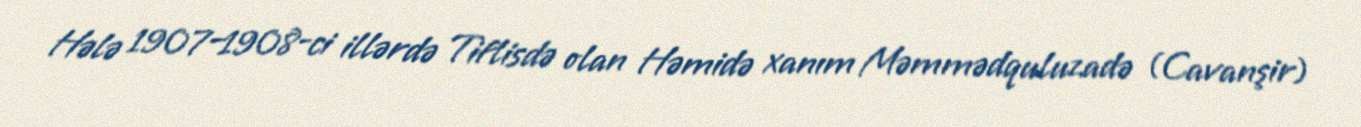
Hələ 1907–1908-ci illərdə Tiflisdə olan Həmidə xanım Məmmədquluzadə (Cavanşir)